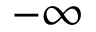
- \infty